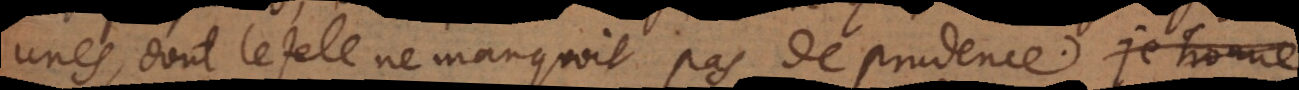
unes, dont le zele ne manquoit pas de prudence.